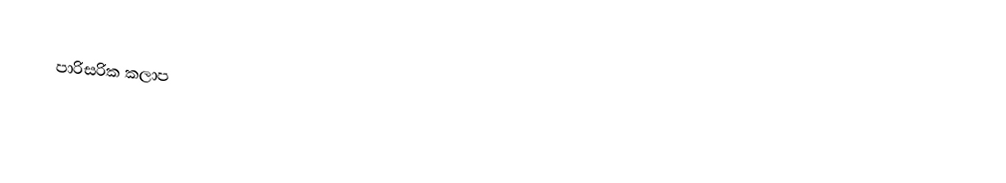
පාරිසරික කලාප